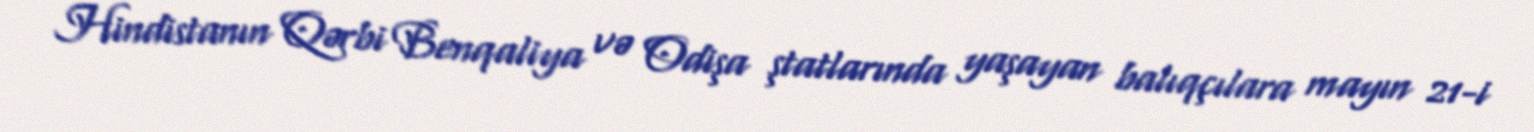
Hindistanın Qərbi Benqaliya və Odişa ştatlarında yaşayan balıqçılara mayın 21-i